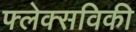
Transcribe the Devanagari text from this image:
फ्लेक्सविकी